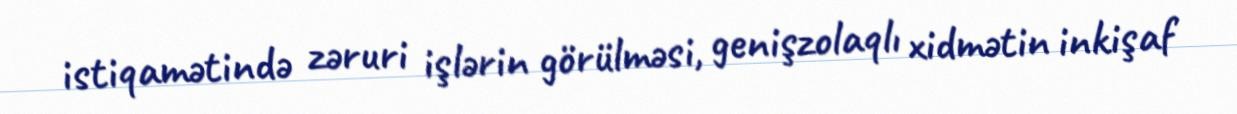
istiqamətində zəruri işlərin görülməsi, genişzolaqlı xidmətin inkişaf